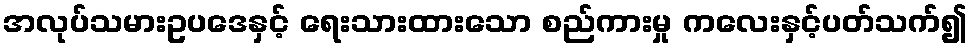
အလုပ်သမားဥပဒေနှင့် ရေးသားထားသော စည်ကားမှု ကလေးနှင့်ပတ်သက်၍